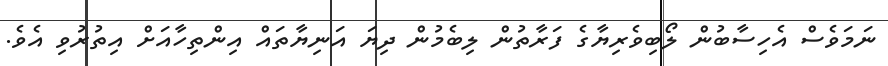
ނަމަވެސް އެހިސާބުން ލޯބިވެރިޔާގެ ފަރާތުން ލިބެމުން ދިޔަ އަނިޔާތައް އިންތިހާއަށް އިތުރުވި އެވެ.